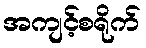
အကျင့်စရိုက်